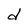
Character: d